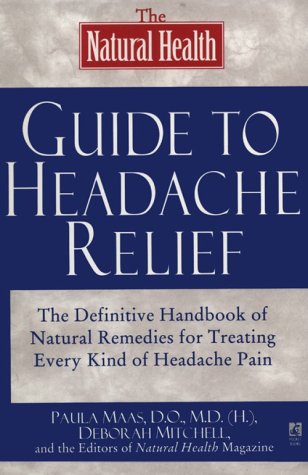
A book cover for The NATURAL HEALTH GUIDE TO HEADACHE RELIEF; Health, Fitness & Dieting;